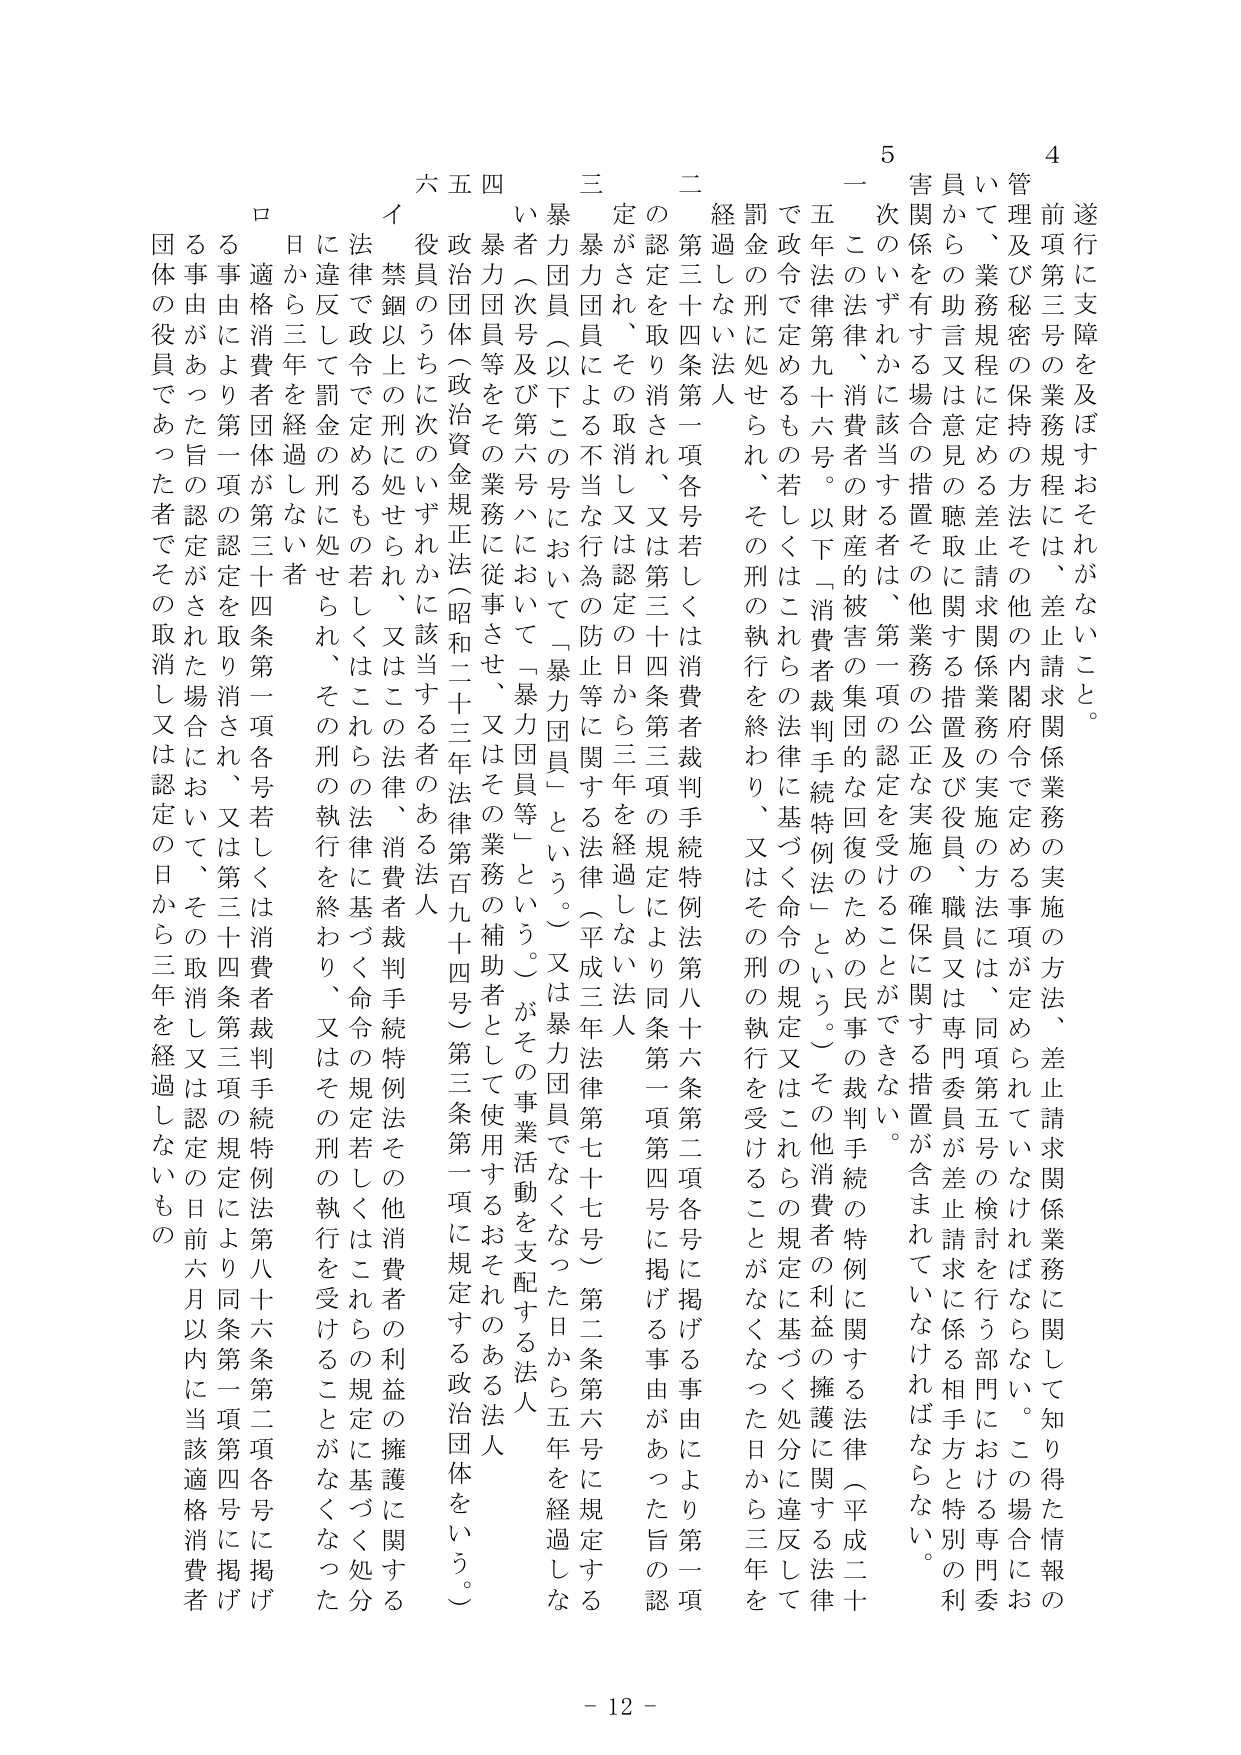
遂行に支障を及ぼすおそれがないこと。

前項第三号の業務規程には、差止請求関係業務の実施の方法、差止請求関係業務に関して知り得た情報の管理及び秘密の保持の方法その他の内閣府令で定める事項が定められていなければならない。この場合において、業務規程に定める差止請求関係業務の実施の方法には、同項第五号の検討を行う部門における専門委員からの助言又は意見の聴取に関する措置及び役員、職員又は専門委員が差止請求に係る相手方と特別の利害関係を有する場合の措置その他業務の公正な実施の確保に関する措置が含まれていなければならない。

一 この法律、消費者の財産の被害の集団的な回復のための民事の裁判手続の特例に関する法律（平成二十年法律第九十六号。以下「消費者裁判手続特例法」という。）その他消費者の利益の擁護に関する法律で政令で定めるもの若しくはこれらの法律に基づく命令の規定又はこれらの規定に基づく処分に違反して罰金の刑に処せられ、その刑の執行を終わり、又はその刑の執行を受けることがなくなった日から三年を経過しない法人

二 第三十四条第一項各号若しくは消費者裁判手続特例法第八十六条第二項各号に掲げる事由により第一項の認定を取り消され、又は第三十四条第三項の規定により同条第一項第四号に掲げる事由があった旨の認定がされ、その取消し又は認定の日から三年を経過しない法人

三 暴力団員による不当な行為の防止等に関する法律（平成三年法律第七十七号）第二条第六号に規定する暴力団員（以下この号において「暴力団員」という。）又は暴力団員でなくなった日から五年を経過しない者（次号及び第六号ハにおいて「暴力団員等」という。）がその事業活動を支配する法人

四 暴力団員等をその業務に従事させ、又はその業務の補助者として使用するおそれのある法人

五 政治団体（政治資金規正法（昭和二十三年法律第百九十四号）第三条第一項に規定する政治団体をいう。）

六 役員のうちに次のいずれかに該当する者のある法人

イ 禁錮以上の刑に処せられ、又はこの法律、消費者裁判手続特例法その他消費者の利益の擁護に関する法律で政令で定めるもの若しくはこれらの法律に基づく命令の規定若しくはこれらの規定に基づく処分に違反して罰金の刑に処せられ、その刑の執行を終わり、又はその刑の執行を受けることがなくなった日から三年を経過しない者

ロ 適格消費者団体が第三十四条第一項各号若しくは消費者裁判手続特例法第八十六条第二項各号に掲げる事由により第一項の認定を取り消され、又は第三十四条第三項の規定により同条第一項第四号に掲げる事由があった旨の認定がされた場合において、その取消し又は認定の日前六月以内に当該適格消費者団体の役員であった者でその取消し又は認定の日から三年を経過しないもの

- 12 -